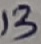
Text: 13